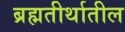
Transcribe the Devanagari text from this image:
ब्रह्मतीर्थातील